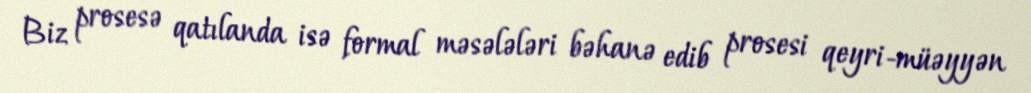
Biz prosesə qatılanda isə formal məsələləri bəhanə edib prosesi qeyri-müəyyən